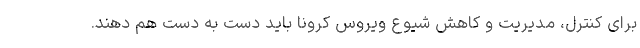
برای کنترل، مدیریت و کاهش شیوع ویروس کرونا باید دست به دست هم دهند.